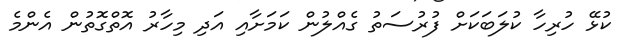
ކުޅޭ ހުރިހާ ކުލަބަކަށް ފުރުސަތު ގެއްލުން ކަމަށާއި އަދި މިހާރު އޮތްގޮތުން އެންމެ